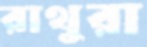
রাথুরা